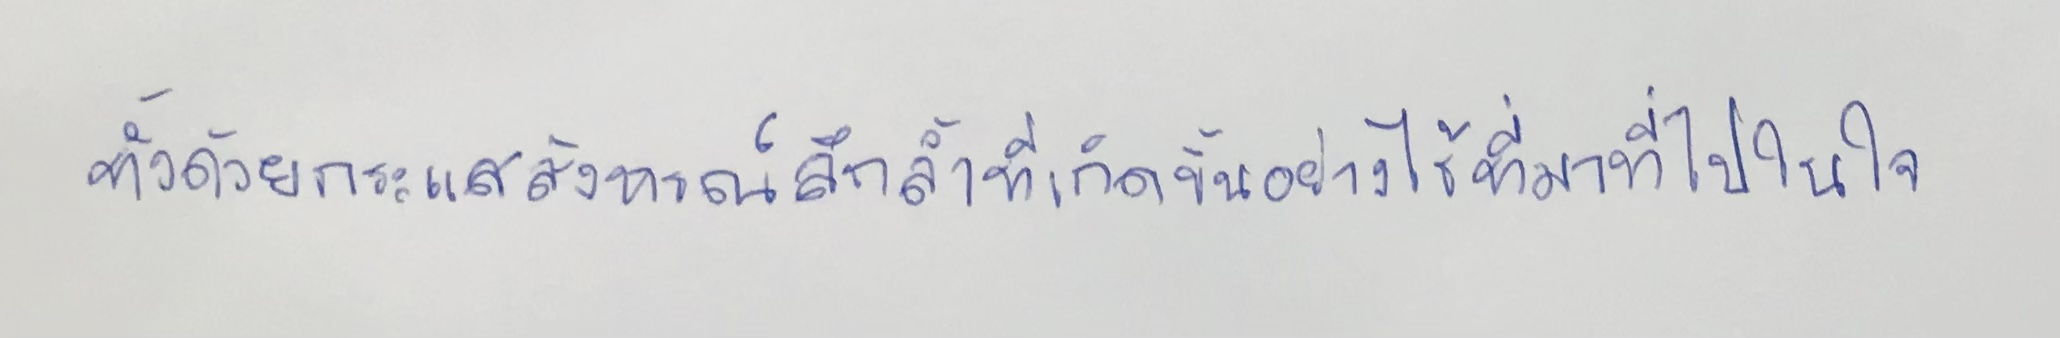
ทั้งด้วยกระแสสังหรณ์ลึกล้ำที่เกิดขึ้นอย่างไร้ที่มาที่ไปในใจ